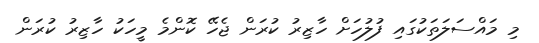
މި މައްސަލަތަކުގައި ފުލުހަށް ހާޒިރު ކުރަން ޖެހޭ ކޮންމެ މީހަކު ހާޒިރު ކުރަން